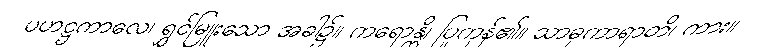
ပဟဋ္ဌကာလေ၊ ရွှင်မြူးသော အခါ၌။ ကရောန္တိ၊ ပြုကုန်၏။ သာဓုကာရာတိ၊ ကား။